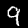
Label: 9